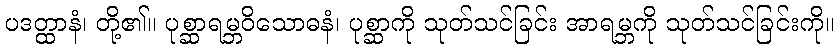
ပဒတ္ထာနံ၊ တို့၏။ ပုစ္ဆာရမ္ဘဝိသောဓနံ၊ ပုစ္ဆာကို သုတ်သင်ခြင်း အာရမ္ဘကို သုတ်သင်ခြင်းကို။